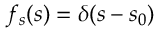
f _ { s } ( s ) = \delta ( s - s _ { 0 } )